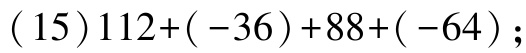
(15)$112+(-36)+88+(-64)$;